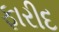
ફારીદ